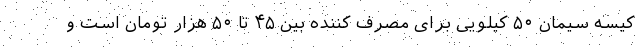
کیسه سیمان ۵۰ کیلویی برای مصرف کننده بین ۴۵ تا ۵۰ هزار تومان است و